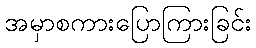
အမှာစကားပြောကြားခြင်း